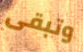
وتبقى